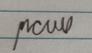
Signature authenticity: genuine